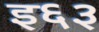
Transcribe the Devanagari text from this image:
इ६३